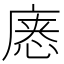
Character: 𰑸